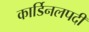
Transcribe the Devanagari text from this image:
कार्डिनलपदी